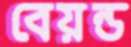
বেয়ন্ড